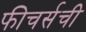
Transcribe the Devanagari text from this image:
फीचर्सची